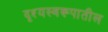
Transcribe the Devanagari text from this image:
दृश्यस्वरूपातील